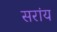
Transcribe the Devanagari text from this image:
सरांय